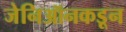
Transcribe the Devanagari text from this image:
जेनिऑनकडून